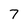
Character: 7